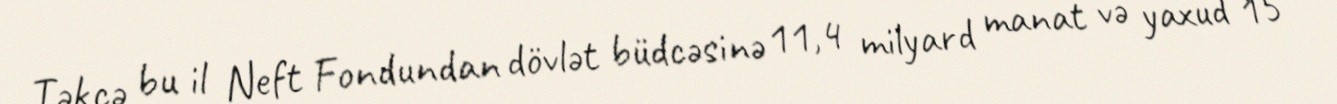
Təkcə bu il Neft Fondundan dövlət büdcəsinə 11,4 milyard manat və yaxud 15